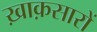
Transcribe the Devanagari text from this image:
ख़ाक़सारों